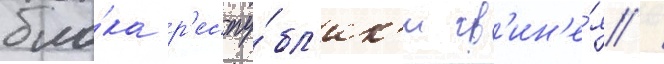
бло́ка р'еспу́бл'ик'и гв'ин'е́я /